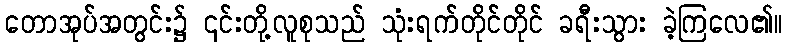
တောအုပ်အတွင်း၌ ၎င်းတို့လူစုသည် သုံးရက်တိုင်တိုင် ခရီးသွား ခဲ့ကြလေ၏။